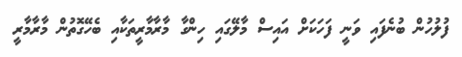
ފުލުހުން ބުނެފައި ވަނީ ފަހަކަށް އައިސް މާލޭގައި ހިންގާ މާރާމާރީތަކާއި ބެހޭގޮތުން މާރާމާރީ